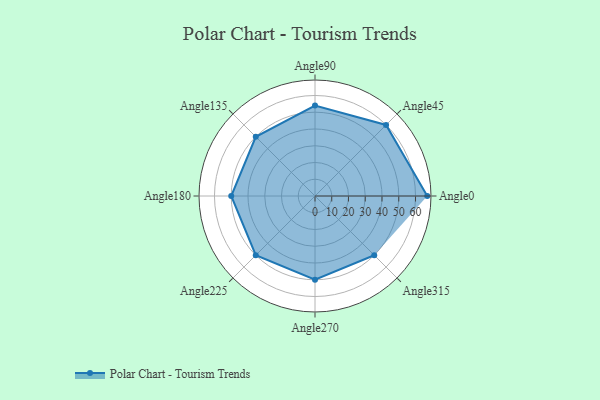
{"axis": {"x": "Angle", "y": "Radius"}, "legend": [""], "data": [{"x": "Angle0", "y": 67.0, "type": ""}, {"x": "Angle45", "y": 60.0, "type": ""}, {"x": "Angle90", "y": 54.0, "type": ""}, {"x": "Angle135", "y": 50, "type": ""}, {"x": "Angle180", "y": 50, "type": ""}, {"x": "Angle225", "y": 50, "type": ""}, {"x": "Angle270", "y": 50, "type": ""}, {"x": "Angle315", "y": 50, "type": ""}]}